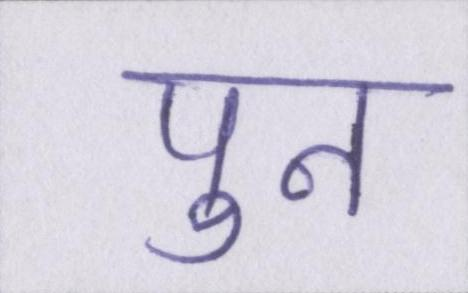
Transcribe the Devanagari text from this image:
पुन